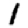
Digit: 1